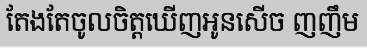
តែងតែចូលចិត្តឃើញអូនសើច ញញឹម